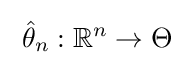
\;{\hat {\theta }}_{n}:\mathbb {R} ^{n}\to \Theta \;